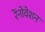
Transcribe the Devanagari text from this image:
रेंनोवेशन